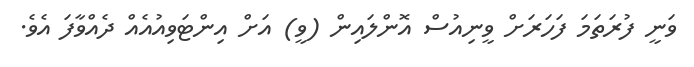
ވަނީ ފުރަތަމަ ފަހަރަށް ވީނިއުސް އޮންލައިން (ވީ) އަށް އިންޓަވިއުއެއް ދެއްވާފަ އެވެ.